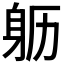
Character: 𲄙